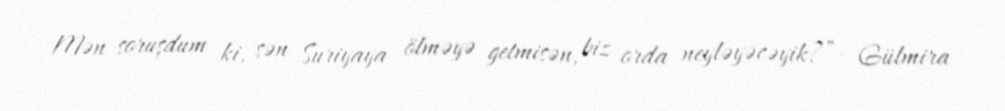
Mən soruşdum ki, sən Suriyaya ölməyə getmisən, biz orda neyləyəcəyik?”- Gülmira